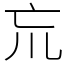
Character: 巟